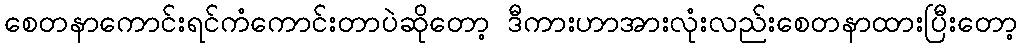
စေတနာကောင်းရင်ကံကောင်းတာပဲဆိုတော့ ဒီကားဟာအားလုံးလည်းစေတနာထားပြီးတော့